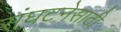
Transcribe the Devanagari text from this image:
संघटनेसाठी